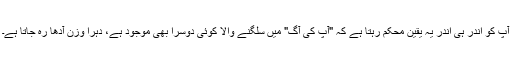
آپ کو اندر ہی اندر یہ یقین محکم رہتا ہے کہ "آپ کی آگ" میں سلگنے والا کوئی دوسرا بھی موجود ہے، دہرا وزن آدھا رہ جاتا ہے۔